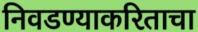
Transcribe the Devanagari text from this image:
निवडण्याकरिताचा